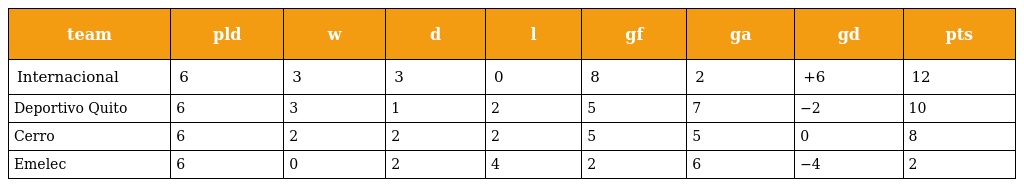
| team | pld | w | d | l | gf | ga | gd | pts |
 | --- | --- | --- | --- | --- | --- | --- | --- | --- |
 | Internacional | 6 | 3 | 3 | 0 | 8 | 2 | +6 | 12 |
 | Deportivo Quito | 6 | 3 | 1 | 2 | 5 | 7 | −2 | 10 |
 | Cerro | 6 | 2 | 2 | 2 | 5 | 5 | 0 | 8 |
 | Emelec | 6 | 0 | 2 | 4 | 2 | 6 | −4 | 2 |